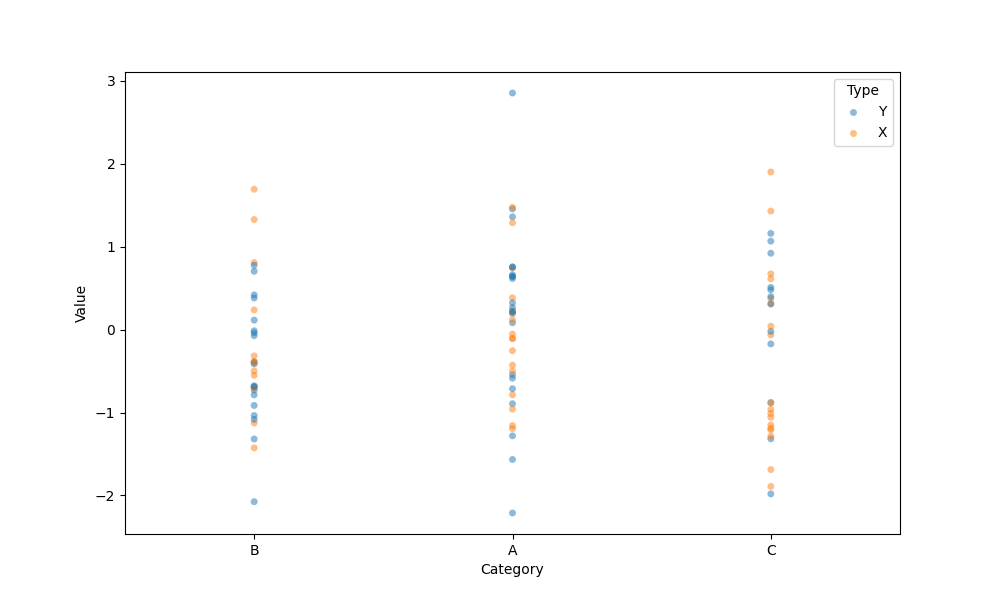
python, seaborn, stripplot, jitter=False, dodge=False, alpha=0.5, size=5